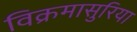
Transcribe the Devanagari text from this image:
विक्रमासुरिया